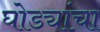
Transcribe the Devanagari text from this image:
घोड्यांचा